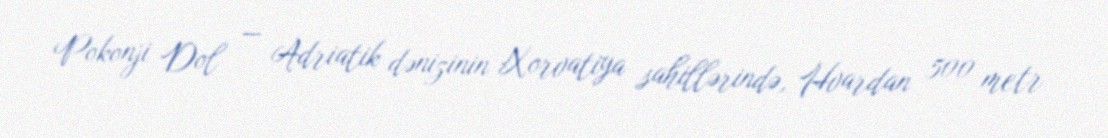
Pokonji Dol — Adriatik dənizinin Xorvatiya sahillərində, Hvardan 500 metr